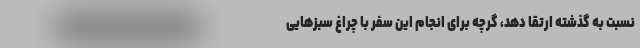
نسبت به گذشته ارتقا دهد، گرچه برای انجام این سفر با چراغ سبز‌هایی